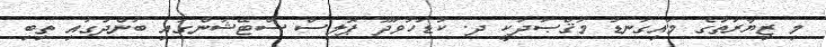
މި ޒިޔާރަތުގެ މައިގަނޑު މަޤްޞަދަކީ ދ. ކުޑަހުވަދޫ ޕޮލިސް ސްޓޭޝަންގައި ބަންދުގައި ތިބި